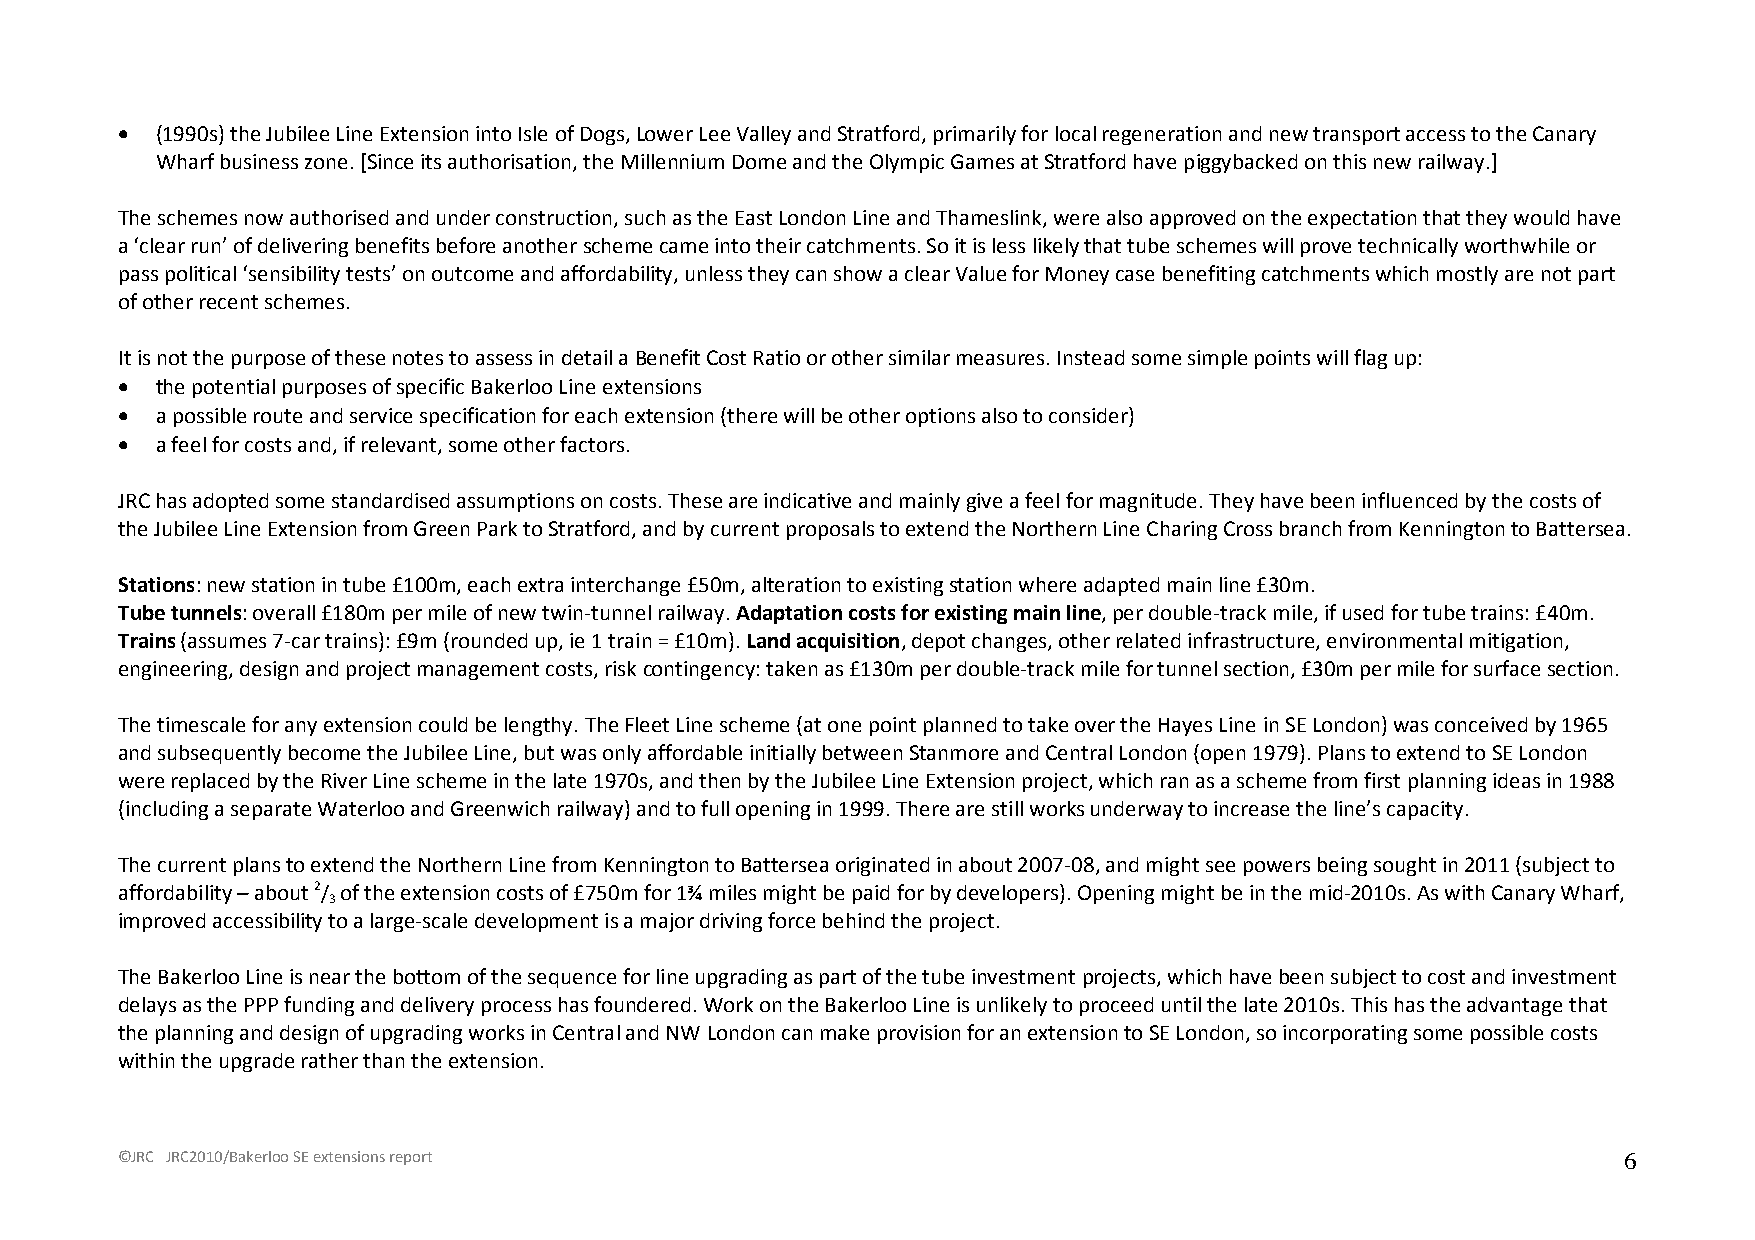
• (1990s) the Jubilee Line Extension into Isle of Dogs, Lower Lee Valley and Stratford, primarily for local regeneration and new transport access to the Canary
 Wharf business zone. [Since its authorisation, the Millennium Dome and the Olympic Games at Stratford have piggybacked on this new railway.]
 The schemes now authorised and under construction, such as the East London Line and Thameslink, were also approved on the expectation that they would have
 a ‘clear run’ of delivering benefits before another scheme came into their catchments. So it is less likely that tube schemes will prove technically worthwhile or
 pass political ‘sensibility tests’ on outcome and affordability, unless they can show a clear Value for Money case benefiting catchments which mostly are not part
 of other recent schemes.
 It is not the purpose of these notes to assess in detail a Benefit Cost Ratio or other similar measures. Instead some simple points will flag up:
 • the potential purposes of specific Bakerloo Line extensions
 • a possible route and service specification for each extension (there will be other options also to consider)
 • a feel for costs and, if relevant, some other factors.
 JRC has adopted some standardised assumptions on costs. These are indicative and mainly give a feel for magnitude. They have been influenced by the costs of
 the Jubilee Line Extension from Green Park to Stratford, and by current proposals to extend the Northern Line Charing Cross branch from Kennington to Battersea.
 Stations: new station in tube £100m, each extra interchange £50m, alteration to existing station where adapted main line £30m.
 Tube tunnels: overall £180m per mile of new twin-tunnel railway. Adaptation costs for existing main line, per double-track mile, if used for tube trains: £40m.
 Trains (assumes 7-car trains): £9m (rounded up, ie 1 train = £10m). Land acquisition, depot changes, other related infrastructure, environmental mitigation,
 engineering, design and project management costs, risk contingency: taken as £130m per double-track mile for tunnel section, £30m per mile for surface section.
 The timescale for any extension could be lengthy. The Fleet Line scheme (at one point planned to take over the Hayes Line in SE London) was conceived by 1965
 and subsequently become the Jubilee Line, but was only affordable initially between Stanmore and Central London (open 1979). Plans to extend to SE London
 were replaced by the River Line scheme in the late 1970s, and then by the Jubilee Line Extension project, which ran as a scheme from first planning ideas in 1988
 (including a separate Waterloo and Greenwich railway) and to full opening in 1999. There are still works underway to increase the line’s capacity.
 The current plans to extend the Northern Line from Kennington to Battersea originated in about 2007-08, and might see powers being sought in 2011 (subject to
 affordability – about 2/ of the extension costs of £750m for 1¾ miles might be paid for by developers). Opening might be in the mid-2010s. As with Canary Wharf,
 3
 improved accessibility to a large-scale development is a major driving force behind the project.
 The Bakerloo Line is near the bottom of the sequence for line upgrading as part of the tube investment projects, which have been subject to cost and investment
 delays as the PPP funding and delivery process has foundered. Work on the Bakerloo Line is unlikely to proceed until the late 2010s. This has the advantage that
 the planning and design of upgrading works in Central and NW London can make provision for an extension to SE London, so incorporating some possible costs
 within the upgrade rather than the extension.
 ©JRC JRC2010/Bakerloo SE extensions report                                                         6